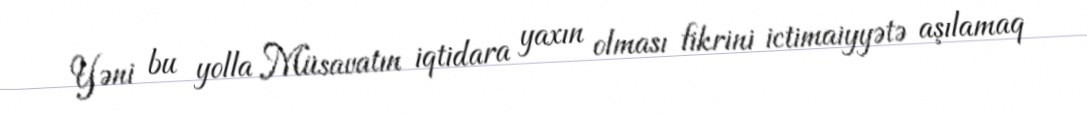
Yəni bu yolla Müsavatın iqtidara yaxın olması fikrini ictimaiyyətə aşılamaq